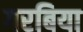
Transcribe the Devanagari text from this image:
गरबिया